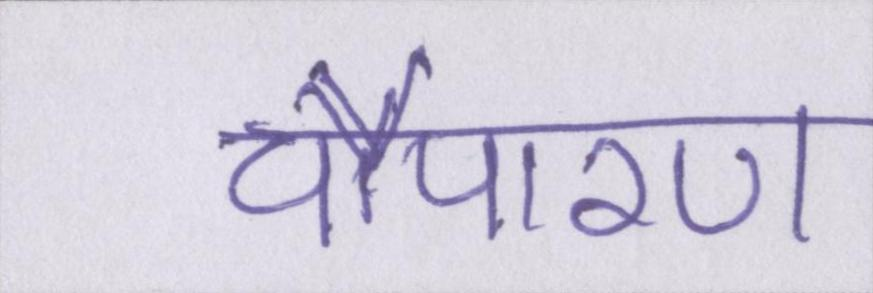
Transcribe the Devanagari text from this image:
चौपारण